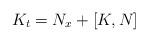
LaTeX: \begin{align*}K_t = N_x + [K,N]\end{align*}